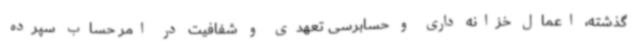
گذشته، اعمال خزانه داری و حسابرسی تعهدی و شفافیت در امر حساب سپرده